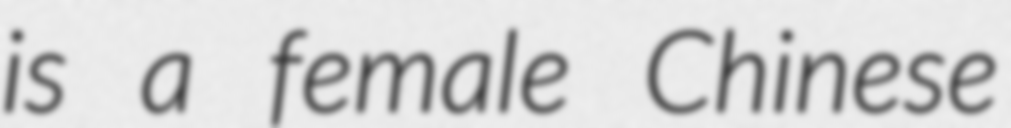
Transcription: is a female Chinese